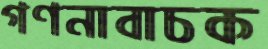
গণনাবাচক